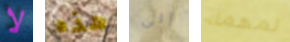
لا هذه إلى لمهمة